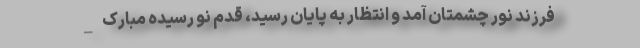
فرزند نور چشمتان آمد و انتظار به پایان رسید، قدم نو رسیده مبارک _